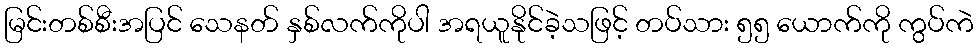
မြင်းတစ်စီးအပြင် သေနတ် နှစ်လက်ကိုပါ အရယူနိုင်ခဲ့သဖြင့် တပ်သား ၅၅ ယောက်ကို ကွပ်ကဲ